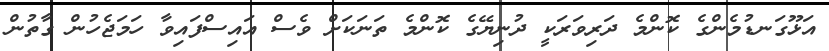
އަޅޫގަނޑުމެންގެ ކޮންމެ ދަރިވަރަކީ ދުނިޔޭގެ ކޮންމެ ތަނަކަށް ވެސް އައިސްފައިވާ ހަމަޖެހުން ގާތުން